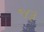
જરૂ